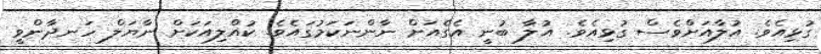
ގުޅިއެވެ. އުލާއަށްވެސް ގުޅިއެވެ. އުލާ ބުނީ އެގެއަށް ނާންނަކަމުގައެވެ. ކުއްލިއަކަށް ނާޔަލް ހަނދާންވީ